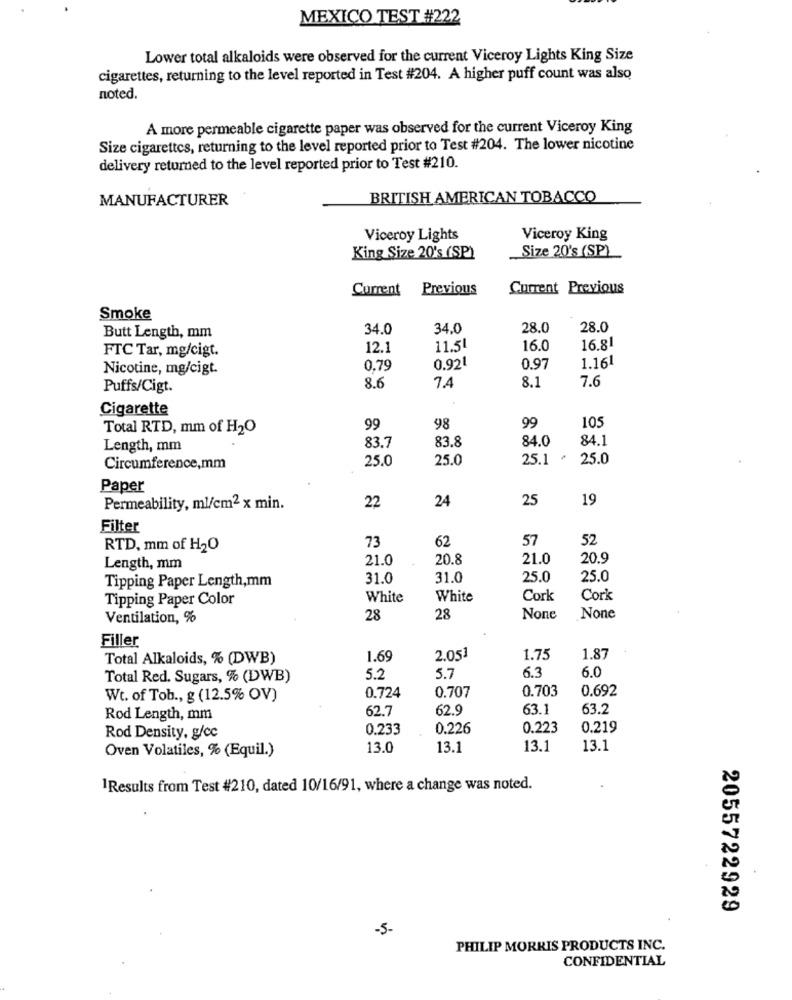
MEXICO TEST #222
Lower total alkaloids were observed for the current Viceroy Lights King Size
cigarettes, returning to the level reported in Test #204. A higher puff count was also
noted.
A more permeable cigarette paper was observed for the current Viceroy King
Size cigarettes, returning to the level reported prior to Test #204. The lower nicotine
delivery returned to the level reported prior to Test #210.
MANUFACTURER
BRITISH AMERICAN TOBACCO
Viceroy Lights
Viceroy King
Size 20's (SP)
King Size 20's (SP)
Current Previous
Current Previous
Smoke
34.0
34.0
28.0
28.0
Butt Length, mm
12.1
11.51
16.0
16.81
FTC Tar, mg/cigt.
Nicotine, mg/cigt.
0.75
0.921
0.97
1.161
8.6
8.1
7.6
Puffs/Cigt.
7.4
Cigarette
Total RTD, mm of H2O
99
98
99
105
83.7
83.8
84.0
84.1
Length, mm
25.0
25.0
25.1
25.0
Circumference,mm
Paper
24
25
19
Permeability, ml/cm2 x min.
22
Filter
73
62
57
52
RTD, mm of H2O
21.0
20.8
21.0
20.9
Length, mm
31.0
31.0
25.0
25.0
Tipping Paper Length,mm
Tipping Paper Color
White
White
Cork
Cork
Ventilation, %
28
28
Filler
Total Alkaloids, % (DWB)
1.69
2.051
1.75
1.87
6.0
Total Red. Sugars, % (DWB)
5.2
5.7
6.3
0.707
0.703
0.692
Wt. of Tob ., g (12.5% OV)
0.724
62.7
62.9
63.1
63.2
Rod Length, mm
0.233
0.226
0.223
0.219
Rod Density, g/cc
Oven Volatiles, % (Equil.)
13.0
13.1
13.1
13.1
1Results from Test #210, dated 10/16/91, where a change was noted.
2055722929
-5-
PHILIP MORRIS PRODUCTS INC.
CONFIDENTIAL